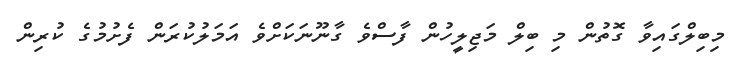
މިބިލްގައިވާ ގޮތުން މި ބިލް މަޖިލީހުން ފާސްވެ ގާނޫނަކަށްވެ އަމަލުކުރަން ފެށުމުގެ ކުރިން